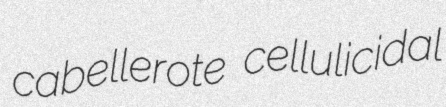
cabellerote cellulicidal